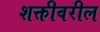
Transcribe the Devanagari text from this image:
शक्तीवरील